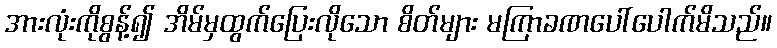
အားလုံးကိုစွန့်၍ အိမ်မှထွက်ပြေးလိုသော စိတ်များ မကြာခဏပေါ်ပေါက်မိသည်။